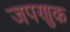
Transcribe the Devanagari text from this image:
जपणुक